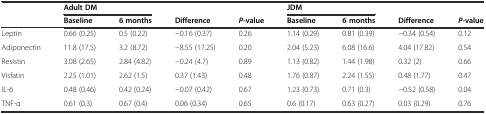
<table><thead><tr><td></td><td colspan="2"><b>Adult DM</b></td><td></td><td></td><td colspan="2"><b>JDM</b></td><td></td><td></td></tr><tr><td></td><td><b>Baseline</b></td><td><b>6 months</b></td><td><b>Difference</b></td><td><b><i>P</i>-value</b></td><td><b>Baseline</b></td><td><b>6 months</b></td><td><b>Difference</b></td><td><b><i>P</i>-value</b></td></tr></thead><tbody><tr><td>Leptin</td><td>0.66 (0.25)</td><td>0.5 (0.22)</td><td>−0.16 (0.37)</td><td>0.26</td><td>1.14 (0.29)</td><td>0.81 (0.39)</td><td>−0.34 (0.54)</td><td>0.12</td></tr><tr><td>Adiponectin</td><td>11.8 (17.5)</td><td>3.2 (8.72)</td><td>−8.55 (17.25)</td><td>0.20</td><td>2.04 (5.23)</td><td>6.08 (16.6)</td><td>4.04 (17.82)</td><td>0.54</td></tr><tr><td>Resistin</td><td>3.08 (2.65)</td><td>2.84 (4.82)</td><td>−0.24 (4.7)</td><td>0.89</td><td>1.13 (0.82)</td><td>1.44 (1.98)</td><td>0.32 (2)</td><td>0.66</td></tr><tr><td>Visfatin</td><td>2.25 (1.01)</td><td>2.62 (1.5)</td><td>0.37 (1.43)</td><td>0.48</td><td>1.76 (0.87)</td><td>2.24 (1.55)</td><td>0.48 (1.77)</td><td>0.47</td></tr><tr><td>IL-6</td><td>0.48 (0.46)</td><td>0.42 (0.24)</td><td>−0.07 (0.42)</td><td>0.67</td><td>1.23 (0.73)</td><td>0.71 (0.3)</td><td>−0.52 (0.58)</td><td>0.04</td></tr><tr><td>TNF-α</td><td>0.61 (0.3)</td><td>0.67 (0.4)</td><td>0.06 (0.34)</td><td>0.65</td><td>0.6 (0.17)</td><td>0.63 (0.27)</td><td>0.03 (0.29)</td><td>0.76</td></tr></tbody></table>